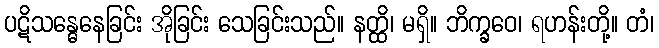
ပဋိသန္ဓေနေခြင်း အိုခြင်း သေခြင်းသည်။ နတ္ထိ၊ မရှိ။ ဘိက္ခဝေ၊ ရဟန်းတို့။ တံ၊